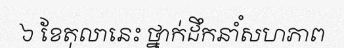
៦ ខែតុលានេះ ថ្នាក់ដឹកនាំំសហភាព